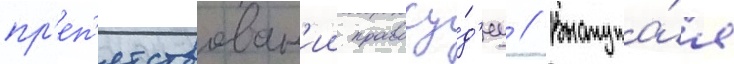
пр'еп'ятствован'ии правосу́д'иу // Выступа́я